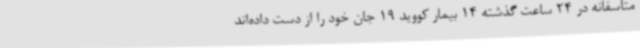
متاسفانه در 24 ساعت گذشته 14 بیمار کووید 19 جان خود را از دست داده‌اند